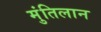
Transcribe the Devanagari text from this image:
मुंतिलान